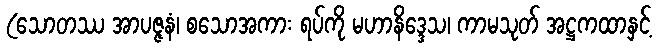
(သောတဿ အာပဇ္ဇနံ၊ စသောအကား ရပ်ကို မဟာနိဒ္ဒေသ၊ ကာမသုတ် အဋ္ဌကထာနှင့်